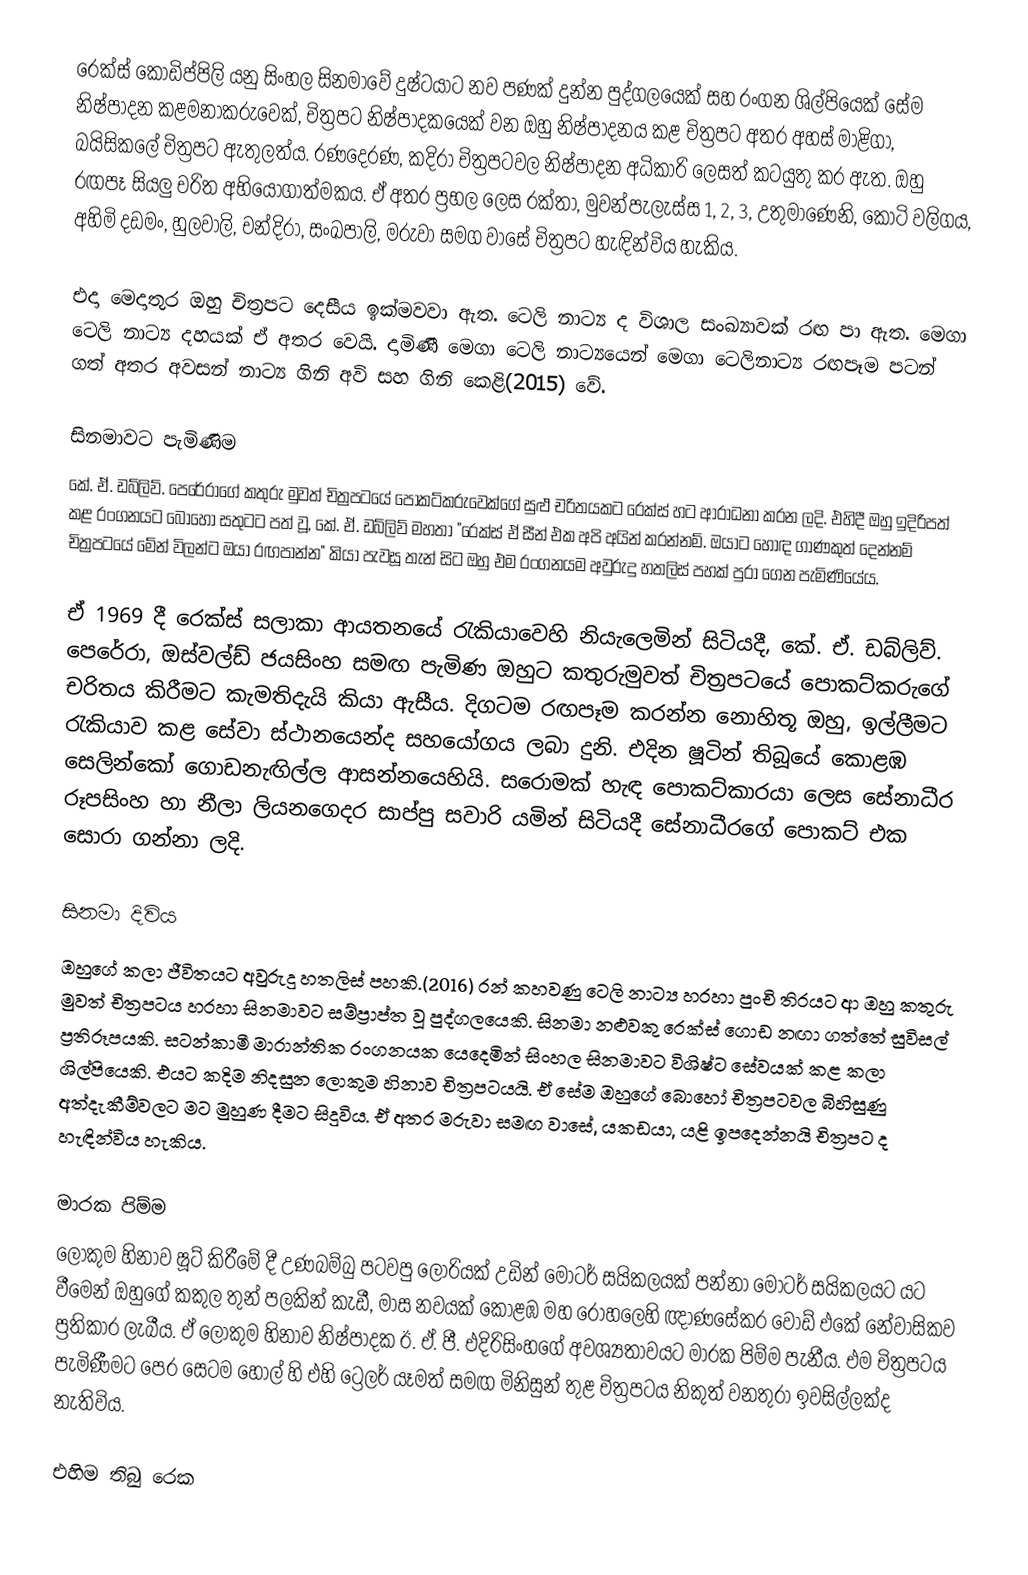
රෙක්ස් කොඩිප්පිලි යනු සිංහල සිනමාවේ දුෂ්ටයාට නව පණක් දුන්න පුද්ගලයෙක් සහ රංගන ශිල්පියෙක් සේම නිෂ්පාදන කළමනාකරුවෙක්, චිත්‍රපට නිෂ්පාදකයෙක් වන ඔහු නිෂ්පාදනය කළ චිත්‍රපට අතර අහස් මාළිගා, බයිසිකලේ චිත්‍රපට ඇතුලත්ය. රණදෙරණ, කදිරා චිත්‍රපටවල නිෂ්පාදන අධිකාරි ලෙසත් කටයුතු කර ඇත. ඔහු රඟපෑ සියලු චරිත අභියෝගාත්මකය. ඒ අතර ප්‍රභල ලෙස රක්තා, මුවන්පැලැස්ස 1, 2, 3, උතුමාණෙනි, කොටි වලිගය, අහිමි දඩමං, හුලවාලි, චන්දිරා, සංඛපාලි, මරුවා සමග වාසේ චිත්‍රපට හැඳින්විය හැකිය.

එදා මෙදාතුර ඔහු චිත්‍රපට දෙසීය ඉක්මවවා ඇත.  ටෙලි නාට්‍ය ද විශාල සංඛ්‍යාවක් රඟ පා ඇත. මෙගා ටෙලි නාට්‍ය දහයක් ඒ අතර වෙයි. දාමිණී මෙගා ටෙලි නාට්‍යයෙන් මෙගා ටෙලිනාට්‍ය රඟපෑම පටන් ගත් අතර අවසන් නාට්‍ය ගිනි අවි සහ ගිනි කෙළි(2015) වේ.

සිනමාවට පැමිණිම
කේ. ඒ. ඩබ්ලිව්. පෙරේරාගේ කතුරු මුවත් චිත්‍රපටයේ පොකට්කරුවෙක්ගේ සුළු චරිතයකට රෙක්ස් හට ආරාධනා කරන ලදි. එහිදී ඔහු ඉදිරිපත් කළ රංගනයට බොහෝ සතුටට පත් වූ, කේ. ඒ. ඩබ්ලිව් මහතා "රෙක්ස් ඒ සීන් එක අපි අයින් කරන්නම්. ඔයාට හොඳ ගාණකුත් දෙන්නම් චිත්‍රපටයේ මේන් විලන්ට ඔයා රඟපාන්න" කියා පැවසූ තැන් සිට ඔහු එම රංගනයම අවුරුදු හතලිස් පහක් පුරා ගෙන පැමිණියේය.

ඒ 1969 දී රෙක්ස්  සලාකා ආයතනයේ රැකියාවෙහි නියැලෙමින් සිටියදී, කේ. ඒ. ඩබ්ලිව්. පෙරේරා, ඔස්වල්ඩ් ජයසිංහ සමඟ පැමිණ ඔහුට කතුරුමුවත් චිත්‍රපටයේ පොකට්කරුගේ චරිතය කිරීමට කැමතිදැයි කියා ඇසීය. දිගටම රඟපෑම කරන්න නොහිතූ ඔහු, ඉල්ලීමට රැකියාව කළ සේවා ස්ථානයෙන්ද සහයෝගය ලබා දුනි. එදින ෂූටින් තිබූයේ කොළඹ සෙලින්කෝ ගොඩනැඟිල්ල ආසන්නයෙහියි. සරොමක් හැඳ පොකට්කාරයා ලෙස සේනාධීර රූපසිංහ හා නීලා ලියනගෙදර සාප්පු සවාරි යමින් සිටියදී සේනාධීරගේ පොකට් එක සොරා ගන්නා ලදි.

සිනමා දිවිය
ඔහුගේ කලා ජීවිතයට අවුරුදු හතලිස් පහකි.(2016) රන් කහවණු ටෙලි නාට්‍ය හරහා පුංචි තිරයට ආ ඔහු කතුරු මුවත් චිත්‍රපටය හරහා සිනමාවට සම්ප්‍රාප්ත වූ පුද්ගලයෙකි. සිනමා නළුවකු රෙක්ස් ගොඩ නඟා ගත්තේ සුවිසල් ප්‍රතිරූපයකි. සටන්කාමී මාරාන්තික රංගනයක යෙදෙමින් සිංහල සිනමාවට විශිෂ්ට සේවයක් කළ කලා ශිල්පියෙකි. එයට කදිම නිදසුන ලොකුම හිනාව චිත්‍රපටයයි. ඒ සේම ඔහුගේ බොහෝ චිත්‍රපටවල බිහිසුණු අත්දැකීම්වලට මට මුහුණ දීමට සිදුවිය. ඒ අතර මරුවා සමඟ වාසේ, යකඩයා, යළි ඉපදෙන්නයි  චිත්‍රපට ද හැඳින්විය හැකිය.

මාරක පිම්ම
ලොකුම හිනාව ෂූට් කිරීමේ දී උණබම්බු පටවපු ලොරියක් උඩින් මෝටර් සයිකලයක් පන්නා මෝටර් සයිකලයට යට වීමෙන්  ඔහුගේ කකුල තුන් පලකින් කැඩී, මාස නවයක් කොළඹ මහ රෝහලෙහි ඥාණසේකර වෝඩ් එකේ නේවාසිකව ප්‍රතිකාර ලැබීය. ඒ ලොකුම හිනාව	 නිෂ්පාදක ඊ. ඒ. පී. එදිරිසිංහගේ අවශ්‍යතාවයට මාරක පිම්ම පැනීය. එම චිත්‍රපටය පැමිණීමට පෙර සෙටම හෝල් හි එහි ට්‍රෙලර් යෑමත් සමඟ මිනිසුන් තුළ චිත්‍රපටය නිකුත් වනතුරා ඉවසිල්ලක්ද නැතිවිය.

එහිම තිබු රෙක